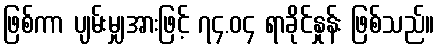
ဖြစ်ကာ ပျမ်းမျှအားဖြင့် ၇၄.၀၄ ရာခိုင်နှုန်း ဖြစ်သည်။